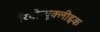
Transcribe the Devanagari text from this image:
रिबोन्यूक्लीइक